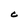
Character: C